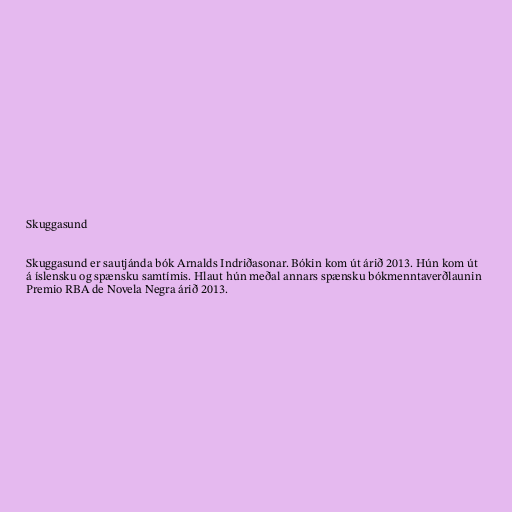
Skuggasund

Skuggasund er sautjánda bók Arnalds Indriðasonar. Bókin kom út árið 2013. Hún kom út
á íslensku og spænsku samtímis. Hlaut hún meðal annars spænsku bókmenntaverðlaunin
Premio RBA de Novela Negra árið 2013.